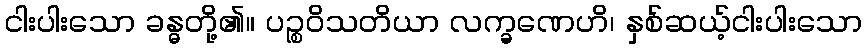
ငါးပါးသော ခန္ဓတို့၏။ ပဉ္စဝိသတိယာ လက္ခဏေဟိ၊ နှစ်ဆယ့်ငါးပါးသော